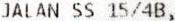
JALAN SS 15/4B,